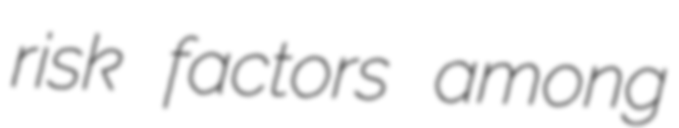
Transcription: risk factors among